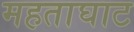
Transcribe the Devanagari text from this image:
महताघाट